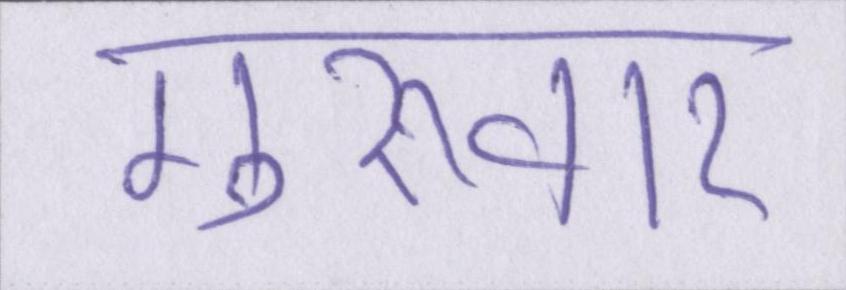
गुरूवार